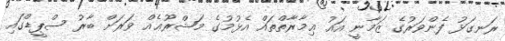
ރަނގަޅު ފެންވަރުގެ ޒަމާނީ އައު ޢިމާރާތްތައް އެޅުމުގެ މަޝްރޫޢެއް ވަރަށް ބާރު ސްޕީޑްގައި